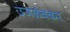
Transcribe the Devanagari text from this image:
उजळंबकर